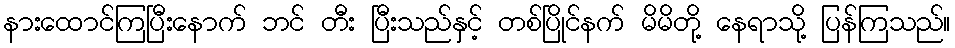
နားထောင်ကြပြီးနောက် ဘင် တီး ပြီးသည်နှင့် တစ်ပြိုင်နက် မိမိတို့ နေရာသို့ ပြန်ကြသည်။